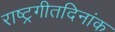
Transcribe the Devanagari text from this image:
राष्ट्रगीतदिनांक